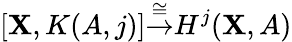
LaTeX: [\mathbf{X},K(A,j)]{\stackrel{\cong}{\to}}H^{j}(\mathbf{X},A)